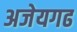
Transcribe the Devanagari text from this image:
अजेयगढ